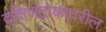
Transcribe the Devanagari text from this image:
दक्षिणटोकावरील